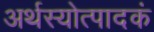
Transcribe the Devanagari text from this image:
अर्थस्योत्पादकं